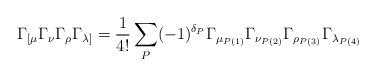
LaTeX: \begin{align*}\Gamma_{[\mu}\Gamma_{\nu}\Gamma_{\rho}\Gamma_{\lambda]}=\frac{1}{4!}\sum_P(-1)^{\delta_P}\Gamma_{\mu_{P(1)}}\Gamma_{\nu_{P(2)}}\Gamma_{\rho_{P(3)}}\Gamma_{\lambda_{P(4)}}\end{align*}